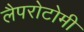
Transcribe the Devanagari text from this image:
लैपरोटोमी